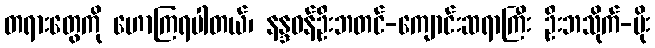
တရားတွေကို ဟောကြရပါတယ်၊ နန္ဒဝန်ဦးဘတင်-ကျောင်းဆရာကြီး ဦးဘသိုက်-ပိုး